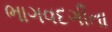
ભાગવદગીતા